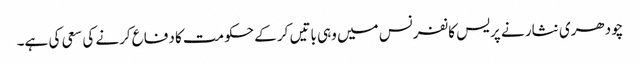
چودھری نثار نے پریس کانفرنس میں وہی باتیں کر کے حکومت کا دفاع کرنے کی سعی کی ہے۔